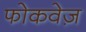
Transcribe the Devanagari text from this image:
फोकवेज़